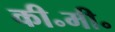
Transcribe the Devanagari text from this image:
की॰मी॰